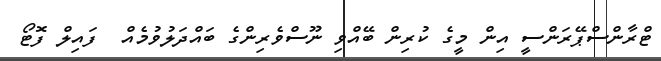
ޓްރާންސްޕޭރަންސީ އިން މީގެ ކުރިން ބޭއްވި ނޫސްވެރިންގެ ބައްދަލުވުމެއް  ފައިލް ފޮޓޯ